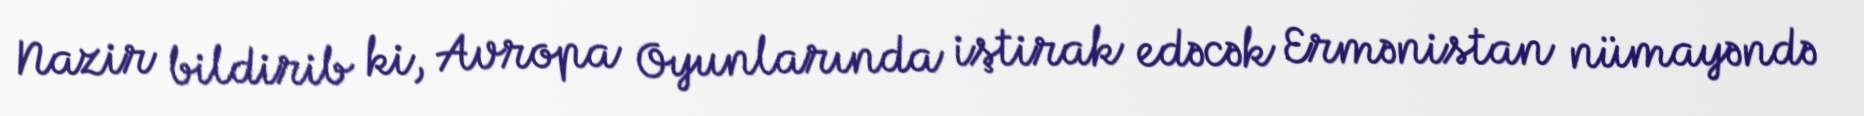
Nazir bildirib ki, Avropa Oyunlarında iştirak edəcək Ermənistan nümayəndə